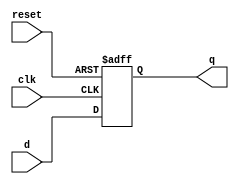
module parameterized_register #(
    parameter WIDTH = 8  // Default width is 8 bits
)(
    input wire clk,       // Clock signal
    input wire reset,     // Active-high asynchronous reset
    input wire [WIDTH-1:0] d, // Input data
    output reg [WIDTH-1:0] q   // Output data
);

    // Always block for synchronous operation
    always @(posedge clk or posedge reset) begin
        if (reset) begin
            q <= {WIDTH{1'b0}}; // Initialize register to zero
        end else begin
            q <= d; // Store input data in the register
        end
    end

endmodule